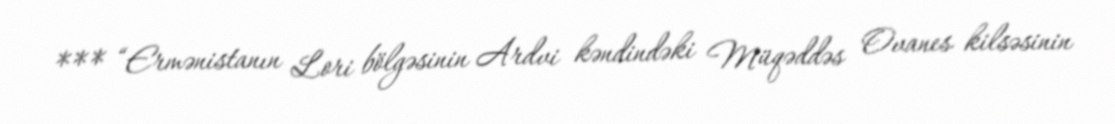
*** “Ermənistanın Lori bölgəsinin Ardvi kəndindəki Müqəddəs Ovanes kilsəsinin